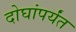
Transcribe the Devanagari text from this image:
दोघांपर्यंत